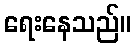
ရေးနေသည်။